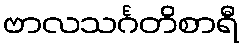
ဗာလသင်္ဂတိစာရီ